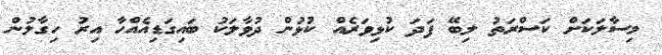
މިސާލަކަށް ކަސްރަތު ލިބޭ ފަދަ ކުޅިވަރެއް ކުޅުން ދުވާލަކު ބައިގަޑިއެއްހާ އިރު ހިގާލުން